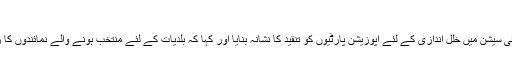
کانپور میں پریورتن ریالی سے مودی کا خطاب
وزیر اعظم نریندر مودی نے آج پارلیمنٹ کے سرمائی سیشن میں خلل اندازی کے لئے اپوزیشن پارٹیوں کو تنقید کا نشانہ بنایا اور کہا کہ بلدیات کے لئے منتخب ہونے والے نمائندوں کا رویہ اکثر منتخب ارکان پارلیمنٹ سے بہتر ہوتا ہے ۔